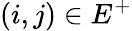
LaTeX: (i,j)\in E^{+}